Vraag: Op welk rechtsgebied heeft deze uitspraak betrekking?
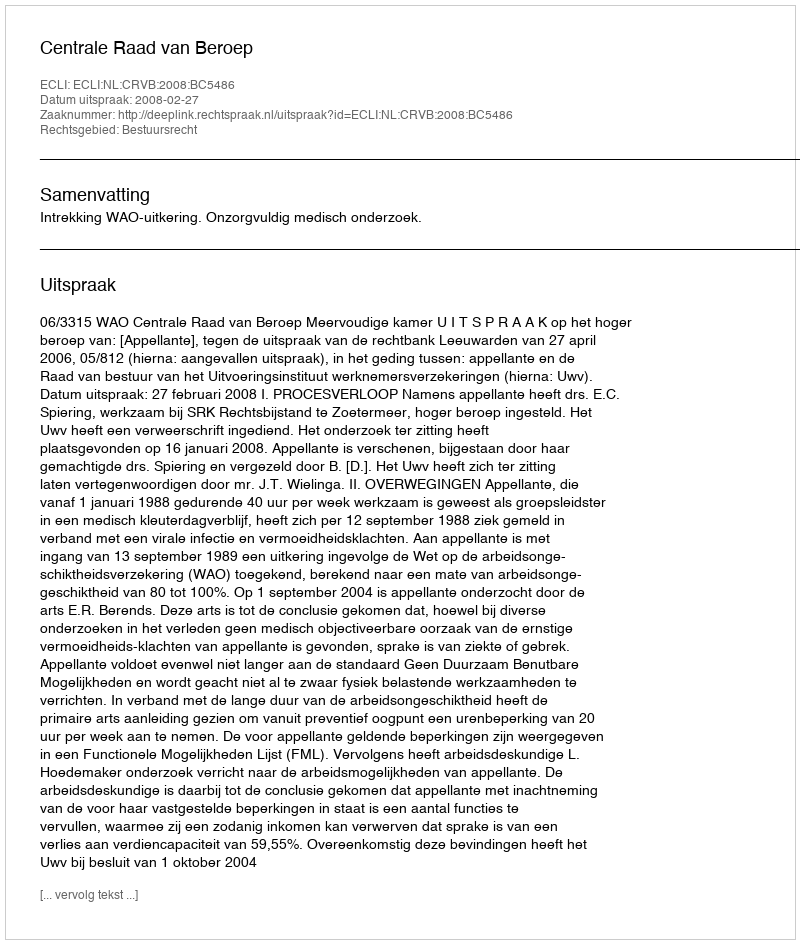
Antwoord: Bestuursrecht